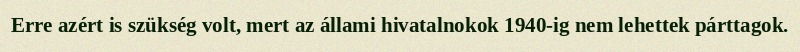
Erre azért is szükség volt, mert az állami hivatalnokok 1940-ig nem lehettek párttagok.